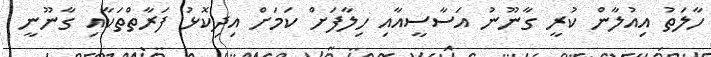
ހާލަތު އިއުލާން ކުރީ ގާނޫނު އަސާސީއާއި ހިލާފަށް ކަމަށް އިދިކޮޅު ފަރާތްތަކާއި ގާނޫނީ